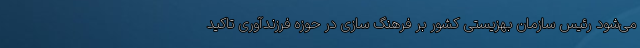
می‌شود رئیس سازمان بهزیستی کشور بر فرهنگ سازی در حوزه فرزندآوری تاکید